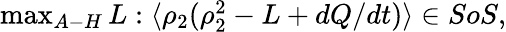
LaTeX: \begin{array}{r}{\operatorname*{max}_{A-H}L:\langle\rho_{2}(\rho_{2}^{2}-L+dQ/dt)\rangle\in SoS,}\end{array}